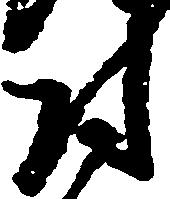
付